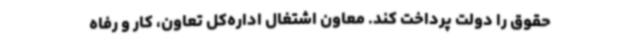
حقوق را دولت پرداخت کند. معاون اشتغال اداره‌کل تعاون، کار و رفاه